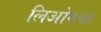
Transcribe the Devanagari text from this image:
लिओनचा